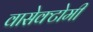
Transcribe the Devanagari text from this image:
वासेक्टोमी